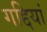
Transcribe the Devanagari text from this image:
गद्दियां